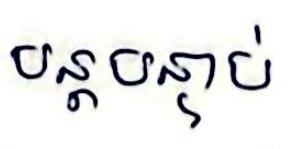
បន្តបន្ទាប់